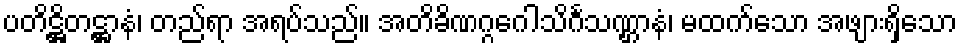
ပတိဋ္ဌိတဋ္ဌာနံ၊ တည်ရာ အရပ်သည်။ အတိခိဏဂ္ဂဂေါသိင်္ဂသဏ္ဌာနံ၊ မထက်သော အဖျားရှိသော